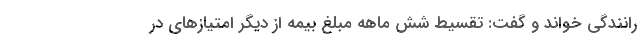
رانندگی خواند و گفت: تقسیط شش ماهه مبلغ بیمه از دیگر امتیازهای در